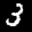
Label: 3